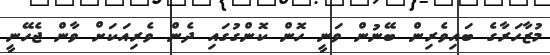
މުޒާހަރާގެ ބައިވެރިން ބޭނުން ވަނީ ހޮން ކޮންގުގައި ދެން ވެރިއަކަށް ވާން ޖެހޭނީ